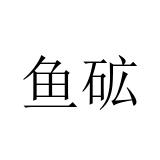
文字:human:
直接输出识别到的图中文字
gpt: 鱼砿